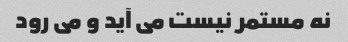
نه مستمر نیست می آید و می رود